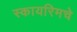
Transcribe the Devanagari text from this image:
स्कायरिमचे